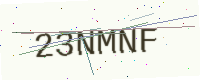
Text: 23NMNF